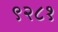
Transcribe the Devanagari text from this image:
९२८१